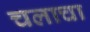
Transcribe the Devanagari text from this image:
चलाचा